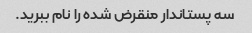
سه پستاندار منقرض شده را نام ببرید.